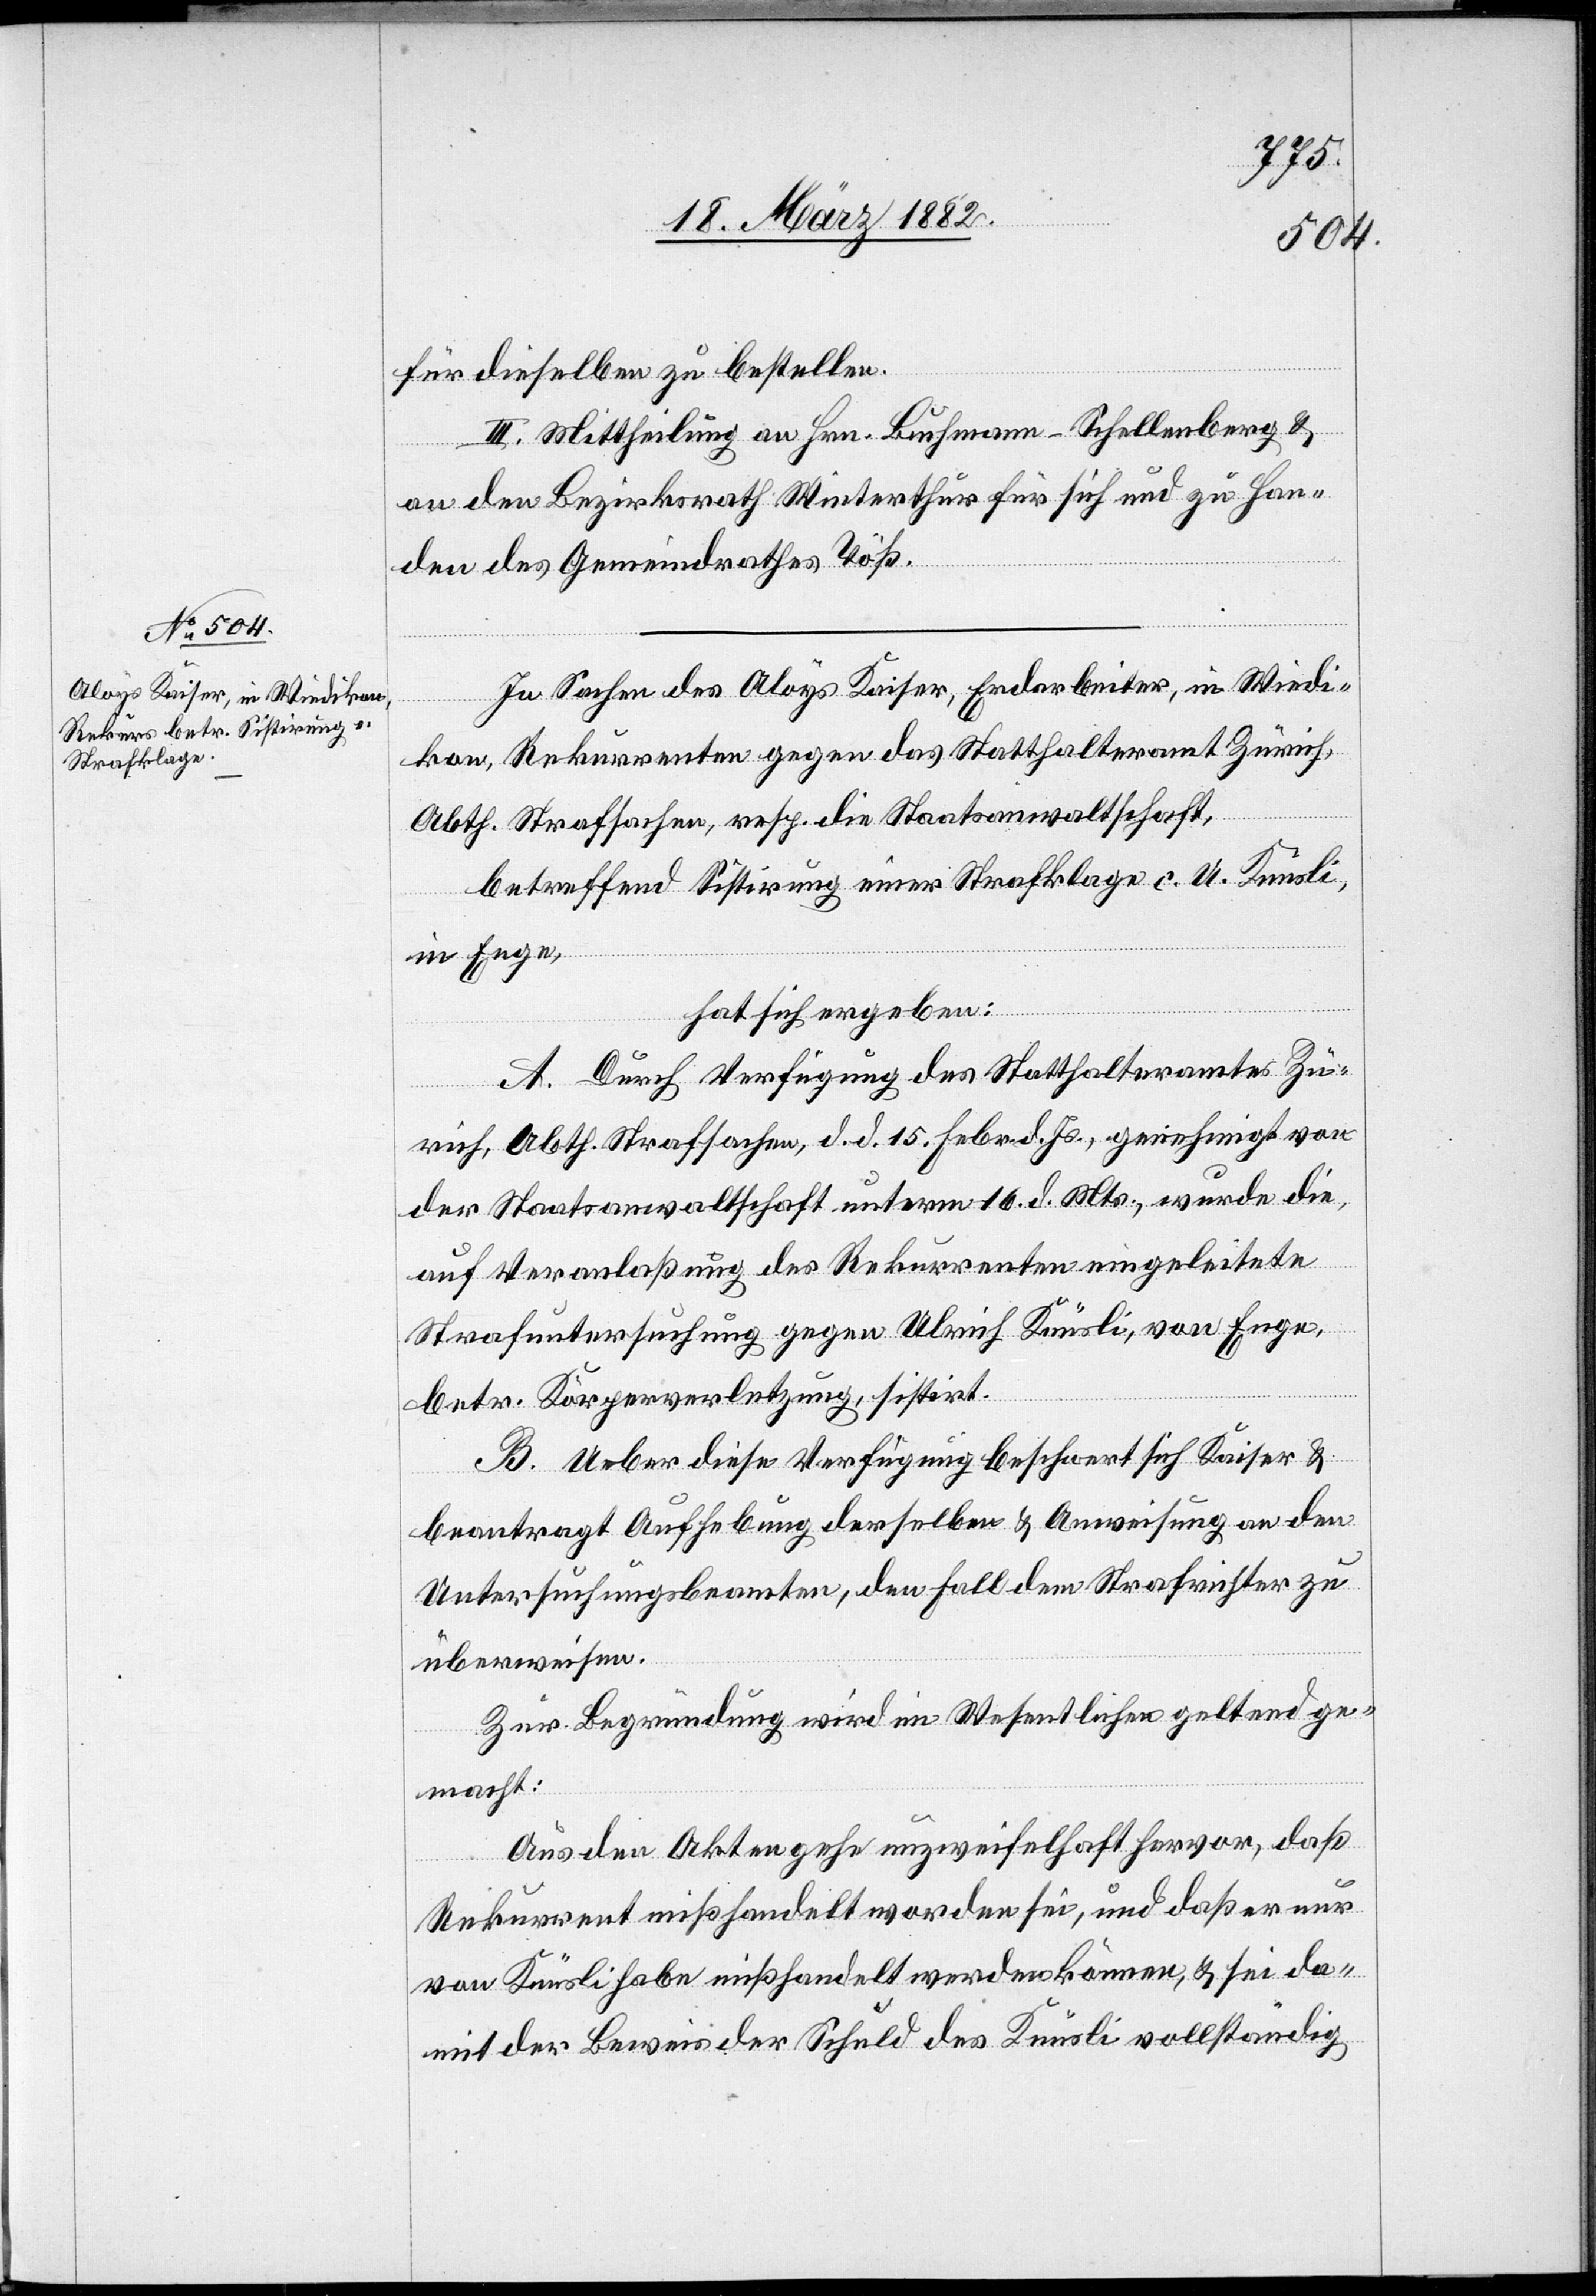
für dieselben zu bestellen.
III. Mittheilung an Hrn. Buchmann-Schellenberg &
an den Bezirksrath Winterthur für sich und zu Han¬
den des Gemeindrathes Töß.
In Sachen des Aloys Kaiser, Erdarbeiter, in Wiedi¬
kon, Rekurrenten gegen das Statthalteramt Zürich,
Abth. Strafsachen, resp. die Staatsanwaltschaft,
betreffend Sistierung einer Strafklage c. U. Knüsli,
in Enge
hat sich ergeben:
A. Durch Verfügung des Statthalteramtes Zü¬
rich, Abth. Strafsachen, d. d. 15. Febr. d. Js., genehmigt von
der Staatsanwaltschaft unterm 16. d. Mts., wurde die
auf Veranlaßung des Rekurrenten eingeleitete
Strafuntersuchung gegen Ulrich Knüsli, von Enge,
betr. Körperverletzung, sistiert.
B. Ueber diese Verfügung beschwert sich Kaiser &
beantragt Aufhebung derselben & Anweisung an den
Untersuchungsbeamten, den Fall dem Strafrichter zu
überweisen.
Zur Begründung wird im Wesentlichen geltend ge¬
macht:
Aus den Akten gehe unzweifelhaft hervor, daß
Rekurrent mißhandelt worden sei, und daß er nur
von Knüsli habe mißhandelt werden können, & sei da¬
mit der Beweis der Schuld des Knüsli vollständig